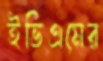
ইভিএমের